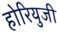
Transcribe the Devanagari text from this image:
होरियुजी